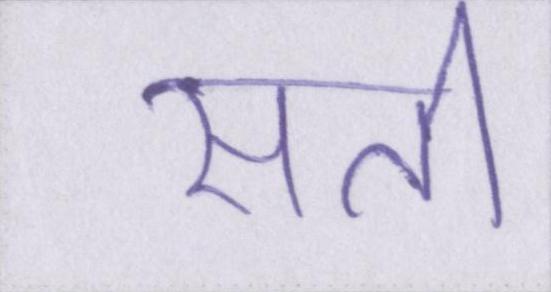
सती